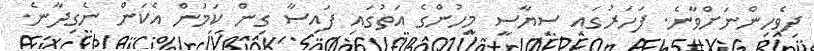
ދިވެހިންނަށްވާނެ. ފަހަރުގައި ސިޔާސީ މީހުންގެ އަތުގައި ފައިސާ ގިން ކަމުން އެކަން ނެގިދާނެ.